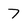
Character: 7